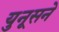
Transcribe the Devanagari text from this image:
युनूसने